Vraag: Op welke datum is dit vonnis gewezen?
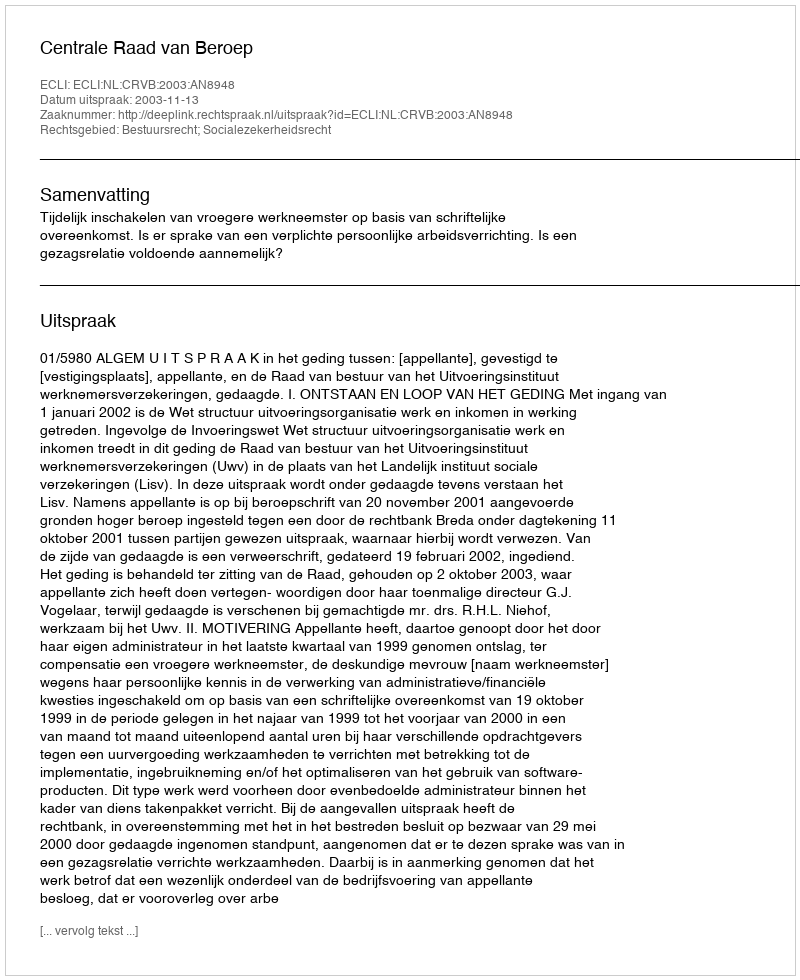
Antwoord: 2003-11-13